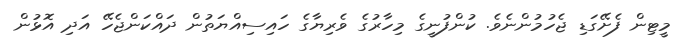
މީޓިން ފެށޭގަޑި ޖެހުމުންނެވެ. ކުންފުނީގެ މިހާރުގެ ވެރިޔާގެ ހައިސިއްޔަތުން ދައްކަންޖެހޭ އަދި އޮޅުން